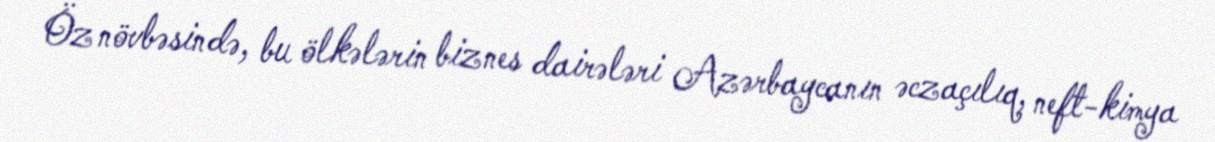
Öz növbəsində, bu ölkələrin biznes dairələri Azərbaycanın əczaçılıq, neft-kimya